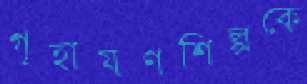
গৃহায়ণশিল্পকে